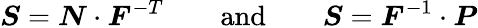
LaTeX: {\boldsymbol{S}}={\boldsymbol{N}}\cdot{\boldsymbol{F}}^{-T}\qquad{\mathrm{and}}\qquad{\boldsymbol{S}}={\boldsymbol{F}}^{-1}\cdot{\boldsymbol{P}}